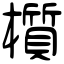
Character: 櫍